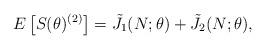
LaTeX: \begin{align*}E\left[S(\theta)^{(2)}\right]= \tilde{J}_1(N; \theta) + \tilde{J}_2(N; \theta),\end{align*}